Report on enteric fever
Disease focus: Fever
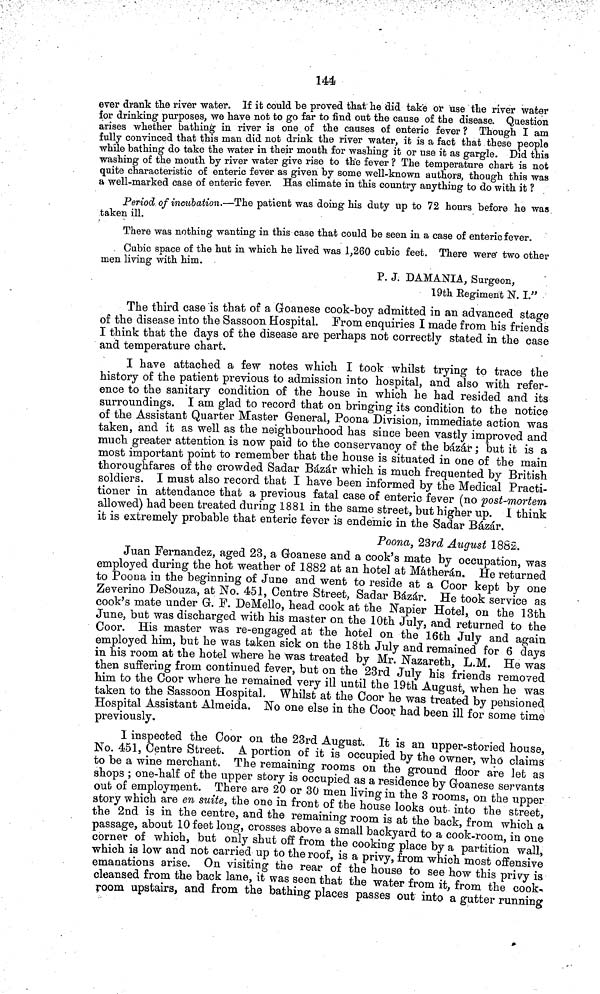
144
ever drank the river water. If it could be proved that he did take or use the river water
for drinking purposes, we have not to go far to find out the cause of the disease. Question
arises whether bathing in river is one of the causes of enteric fever? Though I am
fully convinced that this man did not drink the river water, it is a fact that these people
while bathing do take the water in their mouth for washing it or use it as gargle. Did this
washing of the mouth by river water give rise to the fever ? The temperature chart is not
quite characteristic of enteric fever as given by some well-known authors, though this was
a well-marked case of enteric fever. Has climate in this country anything to do with it ?
Period of incubation.—The patient was doing his duty up to 72 hours before he was
taken ill.
There was nothing wanting in this case that could be seen in a case of enteric fever.
Cubic space of the hut in which he lived was 1,260 cubic feet. There were two other
men living with him.
P. J. DAMANIA, Surgeon,
19th Eegiment K. I."
The third case is that of a Goanese cook-boy admitted in an advanced stage
of the disease into the Sassoon Hospital. From enquiries I made from bis friends
I think that the days of the disease are perhaps not correctly stated in the case
and temperature chart.
I have attached a few notes which I took whilst trying to trace the
history of the patient previous to admission into hospital, and also with refer-
ence to the sanitary condition of the house in which he bad resided and its
surroundings. I am glad to record that on bringing its condition to the notice
of the Assistant Quarter Master General, Poona Division, immediate action was
taken, and it as well as the neighbourhood has since been vastly improved and
much greater attention is now paid to the conservancy of the bázár; but it is a
most important point to remember that the bouse is situated in one of the main
thoroughfares of the crowded Sadar Bázár which is much frequented by British
soldiers. I must also record that I have been informed by the Medical Practi-
tioner in attendance that a previous fatal case of enteric fever (no post-mortem
allowed) bad been treated during 1881 in the same street, but higher up. I think
it is extremely probable that enteric fever is endemic in the Sadar Bázár.
Poona, 23rd August 1882.
Juan Fernandez, aged 23, a Goanese and a cook's mate by occupation, was
employed during the hot weather of 1882 at an hotel at Mátherán. He returned
to Poona in the beginning of June and went to reside at a Coor kept by one
Zeverino DeSouza, at No. 451, Centre Street, Sadar Bázár. He took service as
cook's mate under G. F. DeMello, bead cook at the Napier Hotel, on the 13th
June, but was discharged with bis master on the 10th July, and returned to the
Coor. His master was re-engaged at the hotel on the 16th July and again
employed him, but be was taken sick on the 18th July and remained for 6 days
in bis room at the hotel where be was treated by Mr. Nazareth, L.M. He was
then suffering from continued fever, but on the 23rd July bis friends removed
him to the Coor where be remained very ill until the 19th August, when be was
taken to the Sassoon Hospital. Whilst at the Coor be was treated by pensioned
Hospital Assistant Almeida. No one else in the Coor bad been ill for some time
previously.
1 inspected the Coor on the 23rd August. It is an upper-storied bouse,
No. 451, Centre Street. A portion of it is occupied by the owner, who claims
to be a wine merchant, The remaining rooms on the ground floor are let as
shops ; one-half of the upper story is occupied as a residence by Goanese servants
out of employment. There are 20 or 30 men living in the 3 rooms, on the upper
story which are en suite, the one in front of the house looks out into the street,
the 2nd is in the centre, and the remaining room is at the back, from which a
passage, about 10 feet long, crosses above a small backyard to a cook-room, in one
corner of which, but only shut off from the cooking place by a partition wall,
which is low and not carried up to the roof, is a privy, from which most offensive
emanations arise. On visiting the rear of the house to see how this privy is
cleansed from the back lane, it was seen that the water from it, from the cook-
room upstairs, and from the bathing places passes out into a gutter running